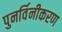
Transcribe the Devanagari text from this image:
पुनर्विनीकरण